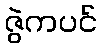
ဇွဲကပင်